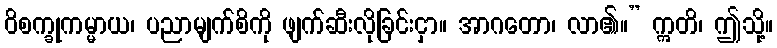
ဝိစက္ခုကမ္မာယ၊ ပညာမျက်စိကို ဖျက်ဆီးလိုခြင်းငှာ။ အာဂတော၊ လာ၏။” ဣတိ၊ ဤသို့။